画像に写った文字を読んでください
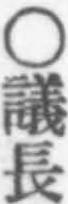
「○議長」と書いてあります